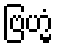
ဗြဟ္မံ